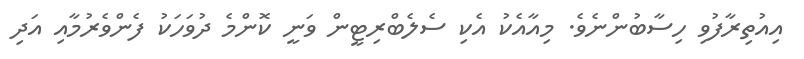
އިއުތިރާފުވި ހިސާބުންނެވެ. މިއާއެކު އެކި ސެލެބްރިޓީން ވަނީ ކޮންމެ ދުވަހަކު ފެންވެރުމާއި އަދި